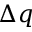
\Delta q